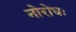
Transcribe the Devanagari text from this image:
नोरोधः